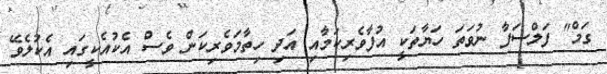
ގަމް" ފަލްސަފާ ނުވަތަ ހަޔާތަކީ އުފާވެރިކަމާއި އަދި ހިތާމަވެރިކަން ވެސް އެކުއެކީގައި އެކުލެވޭ